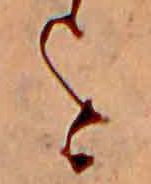
を